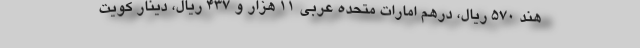
هند ۵۷۰ ریال، درهم امارات متحده عربی ۱۱ هزار و ۴۳۷ ریال، دینار کویت